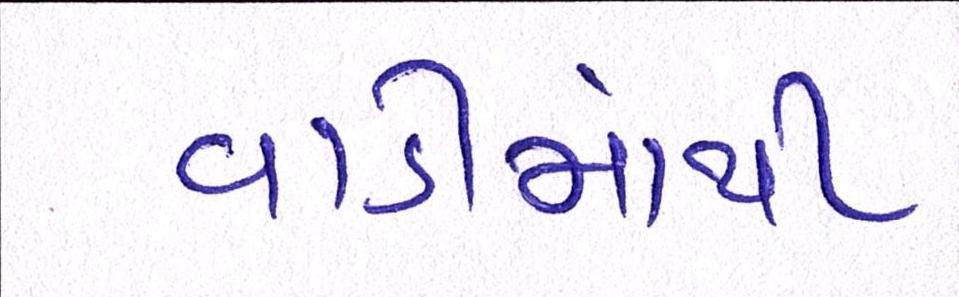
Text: વાડીમાંથી